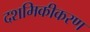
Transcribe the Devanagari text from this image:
दशमिकीकरण